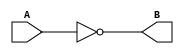
module Not(A, B);
input A;
output B;
assign B = !A;
endmodule

module Not_tb;
reg A;
wire B;
Not n1(A,B);
initial
begin
A = 1'b0;
$monitor("Time=%0t Input A=%b, Output B=%b",$time, A, B);
#1 A=1'b1;
#1 A=1'b0;
end
endmodule